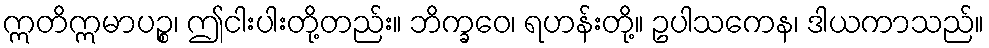
ဣတိဣမာပဉ္စ၊ ဤငါးပါးတို့တည်း။ ဘိက္ခဝေ၊ ရဟန်းတို့။ ဥပါသကေန၊ ဒါယကာသည်။